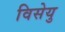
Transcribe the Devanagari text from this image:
विसेयु